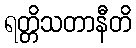
ရတ္တိသတာနီတိ